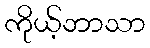
ကိုယ့်ဘာသာ